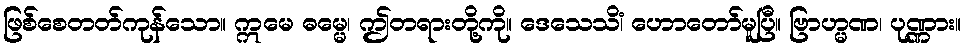
ဖြစ်စေတတ်ကုန်သော။ ဣမေ ဓမ္မေ၊ ဤတရားတို့ကို။ ဒေသေသိံ၊ ဟောတော်မူပြီ။ ဗြာဟ္မဏ၊ ပုဏ္ဏား။